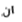
ان